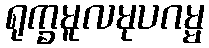
ရုက္ခမူလမုပဂမ္မ